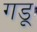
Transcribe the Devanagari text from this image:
गडू